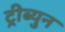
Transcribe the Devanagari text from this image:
ट्रीब्युन